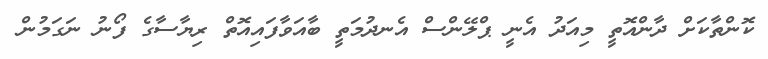
ކޮންތާކަށް ދާންއޮތީ މިއަދު އެނީ ޕްލޭންސް އެނދުމަތީ ބާއަވާފައިއޮތް ރިޔާސާގެ ފޯނު ނަގަމުން